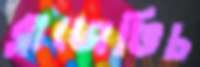
ব্লাজেভিচ